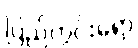
ပြည်တွင်းရော